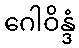
ဂေါဝိန္ဒံ